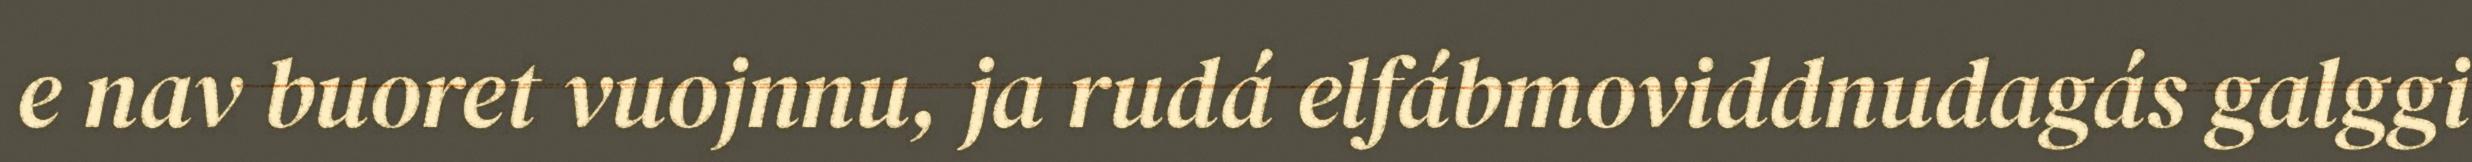
e nav buoret vuojnnu, ja rudá elfábmoviddnudagás galggi